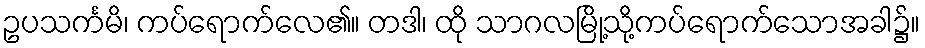
ဥပသင်္ကမိ၊ ကပ်ရောက်လေ၏။ တဒါ၊ ထို သာဂလမြို့သို့ကပ်ရောက်သောအခါ၌။